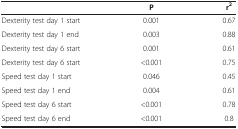
<table><thead><tr><td><b> </b></td><td><b>P</b></td><td><b>r<sup>2</sup></b></td></tr></thead><tbody><tr><td>Dexterity test day 1 start</td><td>0.001</td><td>0.67</td></tr><tr><td>Dexterity test day 1 end</td><td>0.003</td><td>0.88</td></tr><tr><td>Dexterity test day 6 start</td><td>0.001</td><td>0.61</td></tr><tr><td>Dexterity test day 6 start</td><td>&lt;0.001</td><td>0.75</td></tr><tr><td>Speed test day 1 start</td><td>0.046</td><td>0.45</td></tr><tr><td>Speed test day 1 end</td><td>0.004</td><td>0.61</td></tr><tr><td>Speed test day 6 start</td><td>&lt;0.001</td><td>0.78</td></tr><tr><td>Speed test day 6 end</td><td>&lt;0.001</td><td>0.8</td></tr></tbody></table>